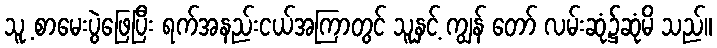
သူ့ စာမေးပွဲဖြေပြီး ရက်အနည်းငယ်အကြာတွင် သူနှင့် ကျွန် တော် လမ်းဆုံ၌ဆုံမိ သည်။